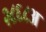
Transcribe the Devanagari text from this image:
२८६८अ